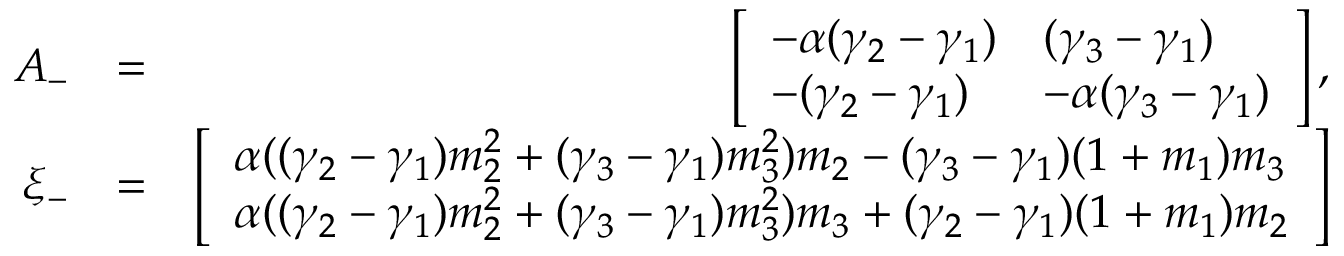
\begin{array} { r l r } { A _ { - } } & { = } & { \left[ \begin{array} { l l } { - \alpha ( \gamma _ { 2 } - \gamma _ { 1 } ) } & { ( \gamma _ { 3 } - \gamma _ { 1 } ) } \\ { - ( \gamma _ { 2 } - \gamma _ { 1 } ) } & { - \alpha ( \gamma _ { 3 } - \gamma _ { 1 } ) } \end{array} \right] , } \\ { \xi _ { - } } & { = } & { \left[ \begin{array} { l } { \alpha ( ( \gamma _ { 2 } - \gamma _ { 1 } ) m _ { 2 } ^ { 2 } + ( \gamma _ { 3 } - \gamma _ { 1 } ) m _ { 3 } ^ { 2 } ) m _ { 2 } - ( \gamma _ { 3 } - \gamma _ { 1 } ) ( 1 + m _ { 1 } ) m _ { 3 } } \\ { \alpha ( ( \gamma _ { 2 } - \gamma _ { 1 } ) m _ { 2 } ^ { 2 } + ( \gamma _ { 3 } - \gamma _ { 1 } ) m _ { 3 } ^ { 2 } ) m _ { 3 } + ( \gamma _ { 2 } - \gamma _ { 1 } ) ( 1 + m _ { 1 } ) m _ { 2 } } \end{array} \right] } \end{array}